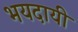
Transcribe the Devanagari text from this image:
भयदायी